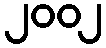
၂၀၀၂